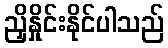
ညှိနှိုင်းနိုင်ပါသည်